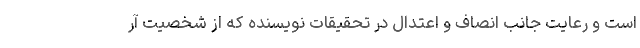
است و رعایت جانب انصاف و اعتدال در تحقیقات نویسنده که از شخصیت آر